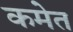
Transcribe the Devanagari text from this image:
कमेत